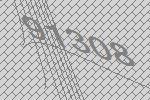
91308